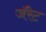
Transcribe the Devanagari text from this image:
जॅरेट